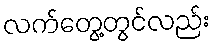
လက်တွေ့တွင်လည်း